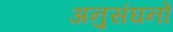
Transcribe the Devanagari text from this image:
अनुसंघनों